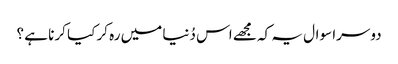
دوسرا سوال یہ کہ مجھے اس دُنیا میں رہ کر کیا کرنا ہے ؟